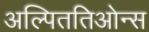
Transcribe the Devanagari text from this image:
अल्पिततिओन्स